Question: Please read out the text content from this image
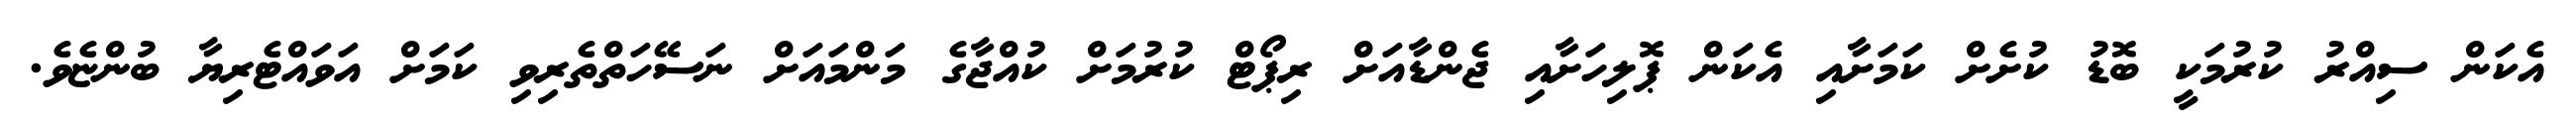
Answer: އެކަން ސިއްރު ކުރުމަކީ ބޮޑު ކުށެށް ކަމަށާއި އެކަން ޕޮލިހަށާއި ޖެންޑާއަށް ރިޕޯޓް ކުރުމަށް ކުއްޖާގެ މަންމައަށް ނަސޭހަތްތެރިވި ކަމަށް އަވައްޓެރިޔާ ބުންޏެވެ.